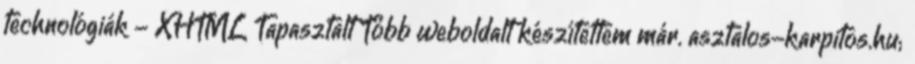
technológiák - XHTML Tapasztalt Több weboldalt készítettem már. asztalos-karpitos.hu;